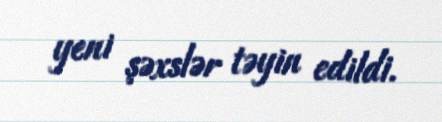
yeni şəxslər təyin edildi.